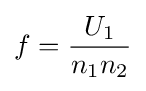
f={U_{1} \over n_{1}n_{2}}